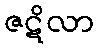
ဇဋိလာ